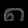
Digit: ၈